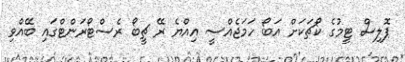
ޕޮލިސް ޓީމުގެ ކޯޗަކަށް އަބޯ ހަމަޖެއްސީ އިއްޔެ ރޭ ޗީބޯ ރެސްޓޯރަންޓްގައި ބޭއްވި